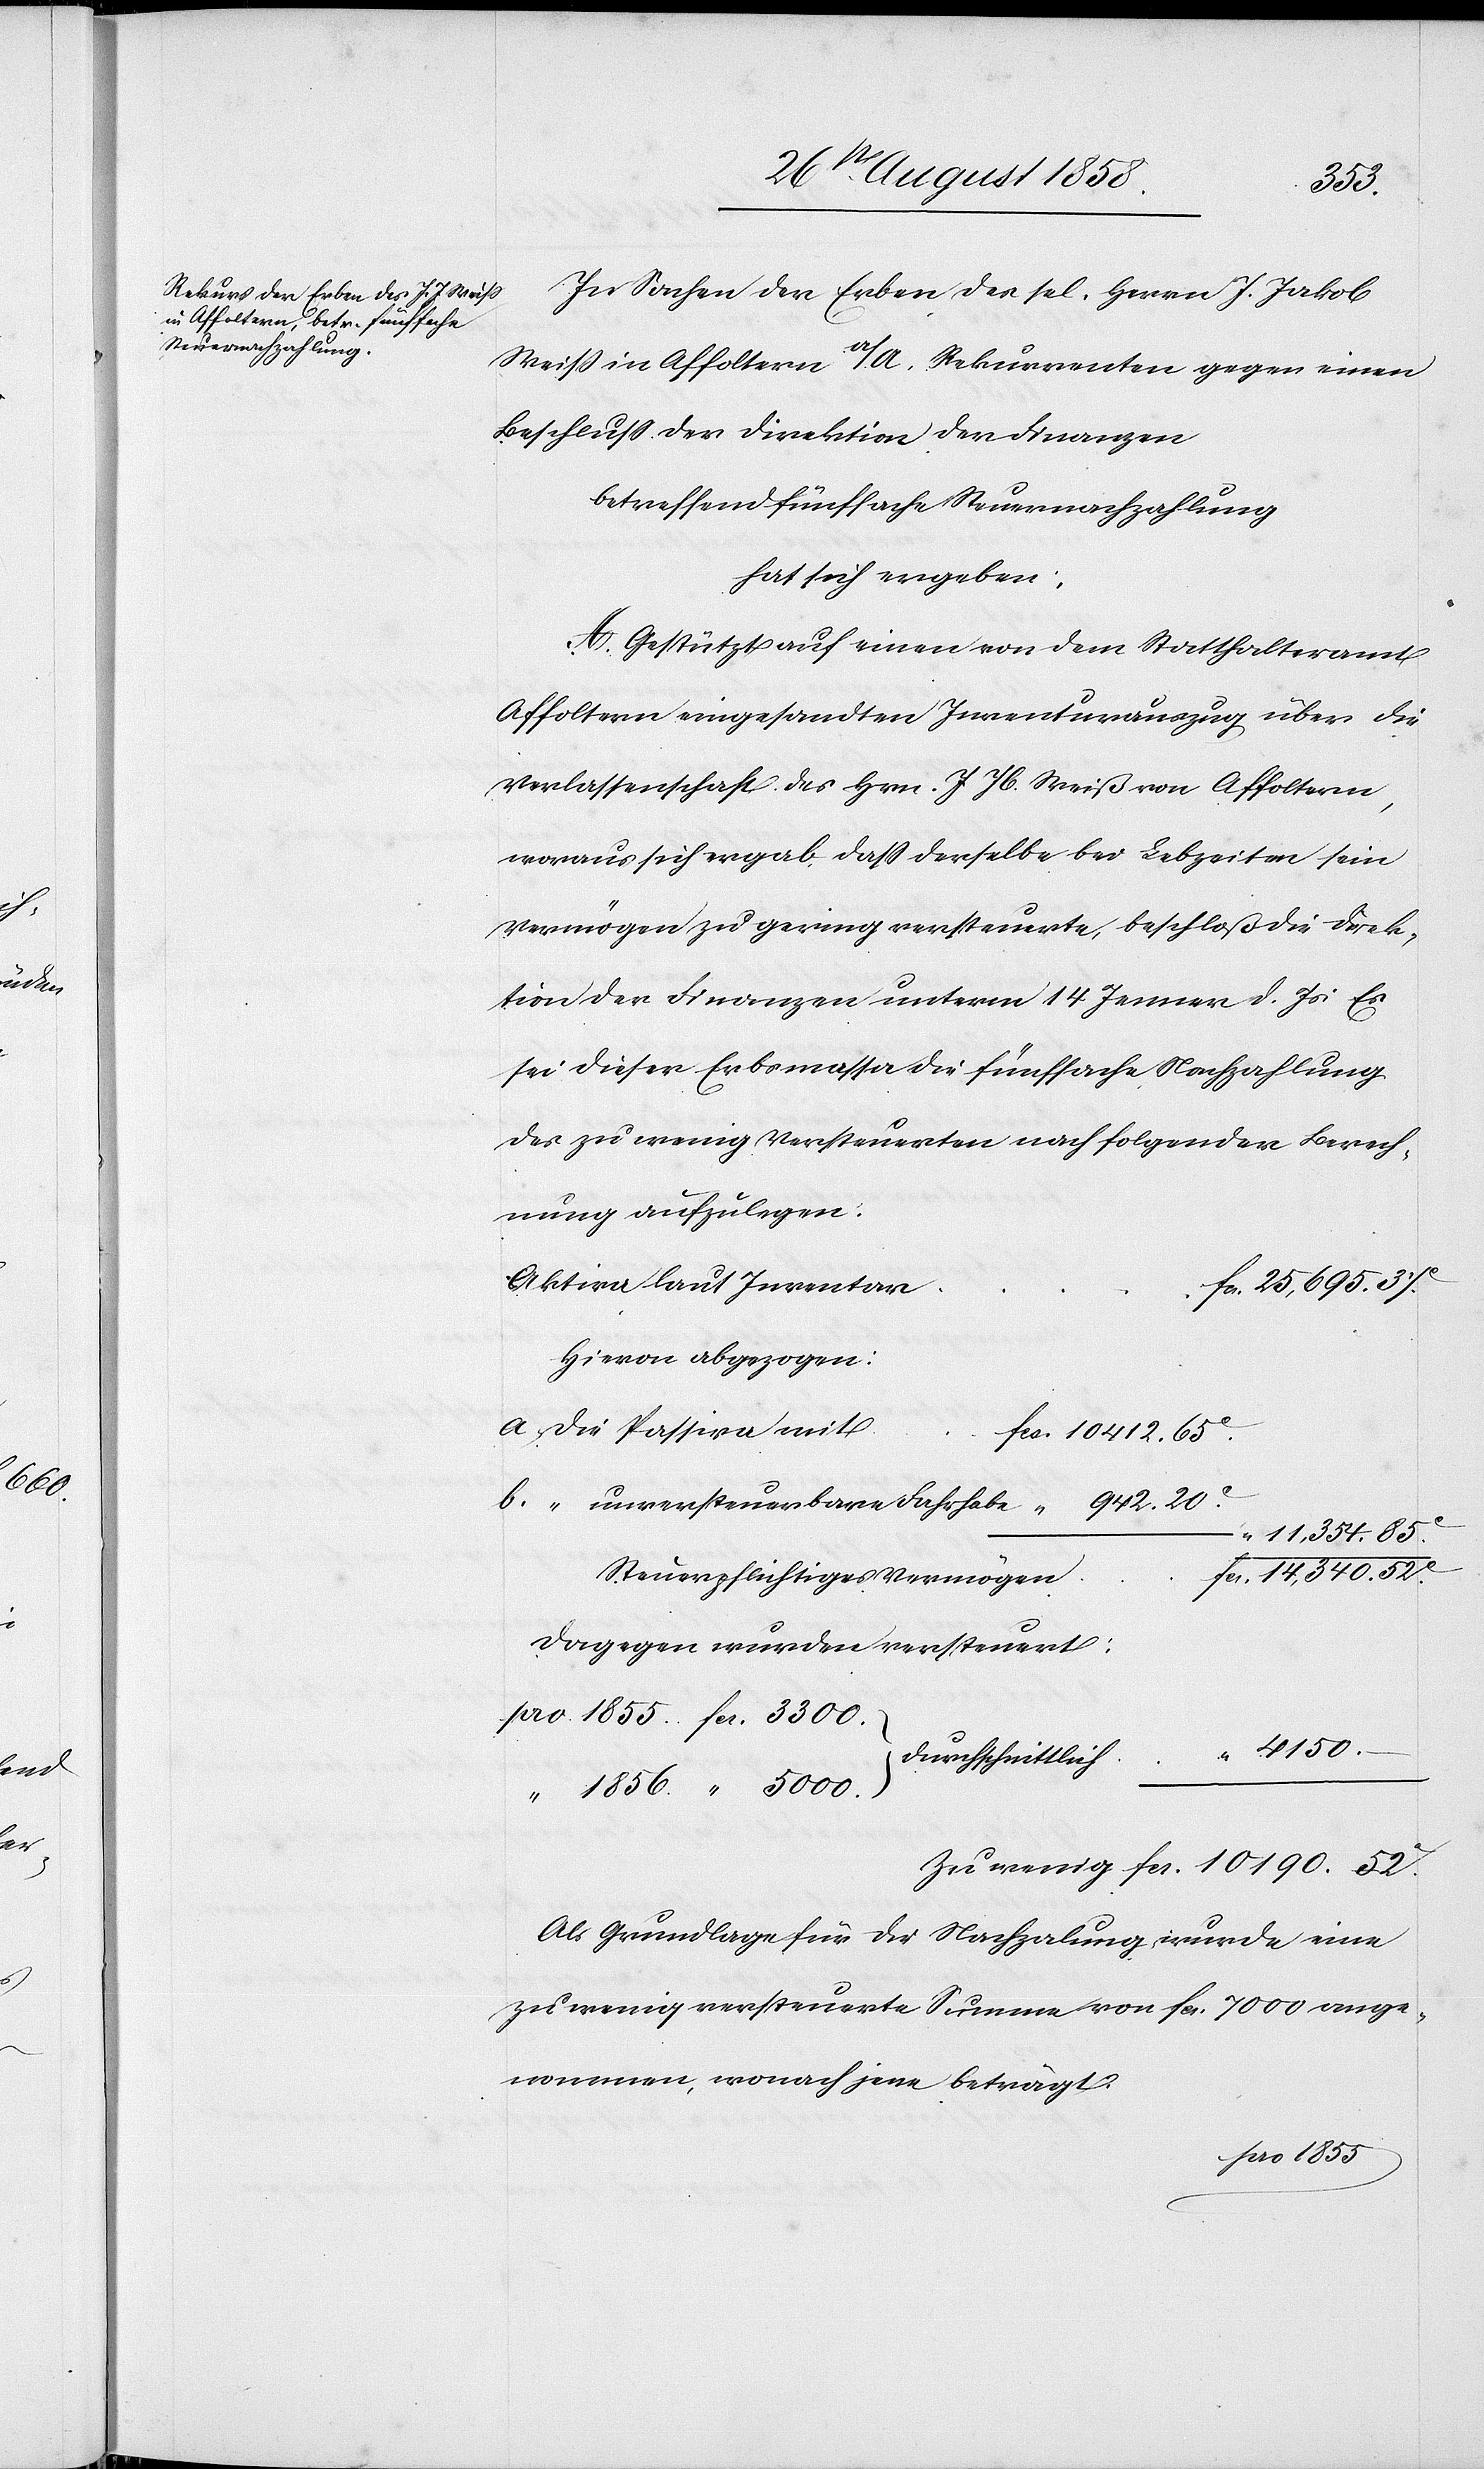
Zu wenig
In Sachen der Erben des sel. Herrn J. Jakob
942.
Weiss in Affoltern a/A, Rekurrenten gegen einen
Beschluss der Direktion der Finanzen
betreffend fünffache Steuernachzahlung
hat sich ergeben:
A. Gestützt auf einen von dem Statthalteramt
Affoltern eingesandten Inventurauszug über die
Verlassenschaft des Hrn. J. Jb. Weiß von Affoltern,
woraus sich ergab, dass derselbe bei Lebzeiten sein
Vermögen zu gering versteuerte, beschloß die Direk¬
tion der Finanzen unterm 14 Jenner d. Js: Es
sei dieser Erbsmassa die fünffache Nachzahlung
des zu wenig Versteuerten nach folgender Berech¬
nung aufzulegen:
Aktiva laut Inventar
fcs. 25,695. 37C.
Hievon abgezogen:
die Passiven mit
fcs. 10 412. 65C.
“ 11,354. 85C.
fcs. 10 190. 52C.
Steuerpflichtiges Vermögen
Dagegen wurden versteuert:
pro 1855. fcs. 3300.
durchschnittlich
“ 1856. “ 5000.
Als Grundlage für die Nachzalung wurde eine
zu wenig versteuerte Summe von fcs. 7000 ange¬
nommen, wonach jene beträgt: